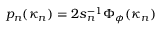
p _ { n } ( \boldsymbol { \kappa } _ { n } ) = 2 s _ { n } ^ { - 1 } \Phi _ { \phi } ( \boldsymbol { \kappa } _ { n } )